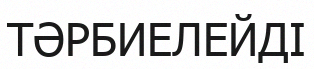
ТӘРБИЕЛЕЙДІ